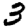
Digit: 3